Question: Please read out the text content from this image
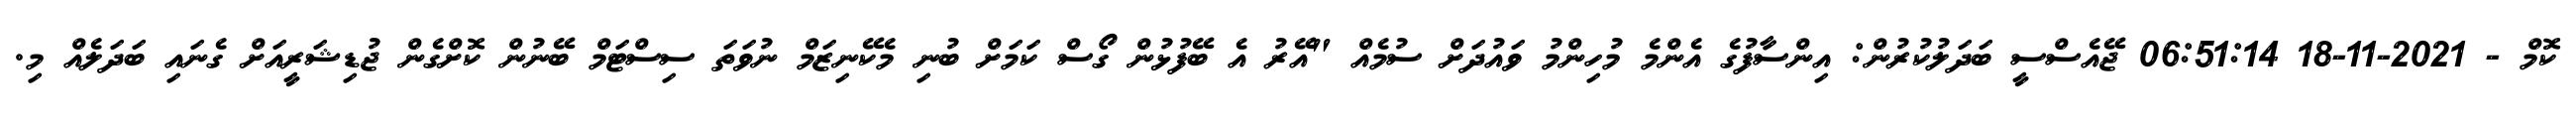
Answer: ކޮމް - 2021-11-18 06:51:14 ޖޭއެސްސީ ބަދަލުކުރުން: އިންސާފުގެ އެންމެ މުހިންމު ވައުދަށް ސުމެއް "އޭރު އެ ބޭފުޅުން ގޯސް ކަމަށް ބުނި މެކޭނިޒަމް ނުވަތަ ސިސްޓަމް ބޭނުން ކޮށްގެން ޖުޑިޝަރީއަށް ގެނައި ބަދަލެއް މި.